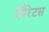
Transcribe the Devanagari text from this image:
ऐपैरेटस